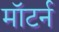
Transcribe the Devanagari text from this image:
मॉटर्न